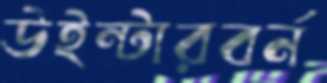
উইন্টারবর্ন